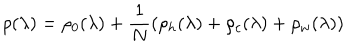
\rho ( \lambda ) = \rho _ { 0 } ( \lambda ) + \frac { 1 } { N } ( \rho _ { h } ( \lambda ) + \rho _ { c } ( \lambda ) + \rho _ { w } ( \lambda ) )